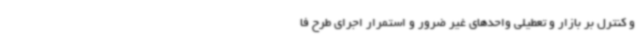
و کنترل بر بازار و تعطیلی واحدهای غیر ضرور و استمرار اجرای طرح فا